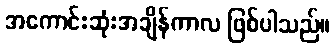
အကောင်းဆုံးအချိန်ကာလ ဖြစ်ပါသည်။